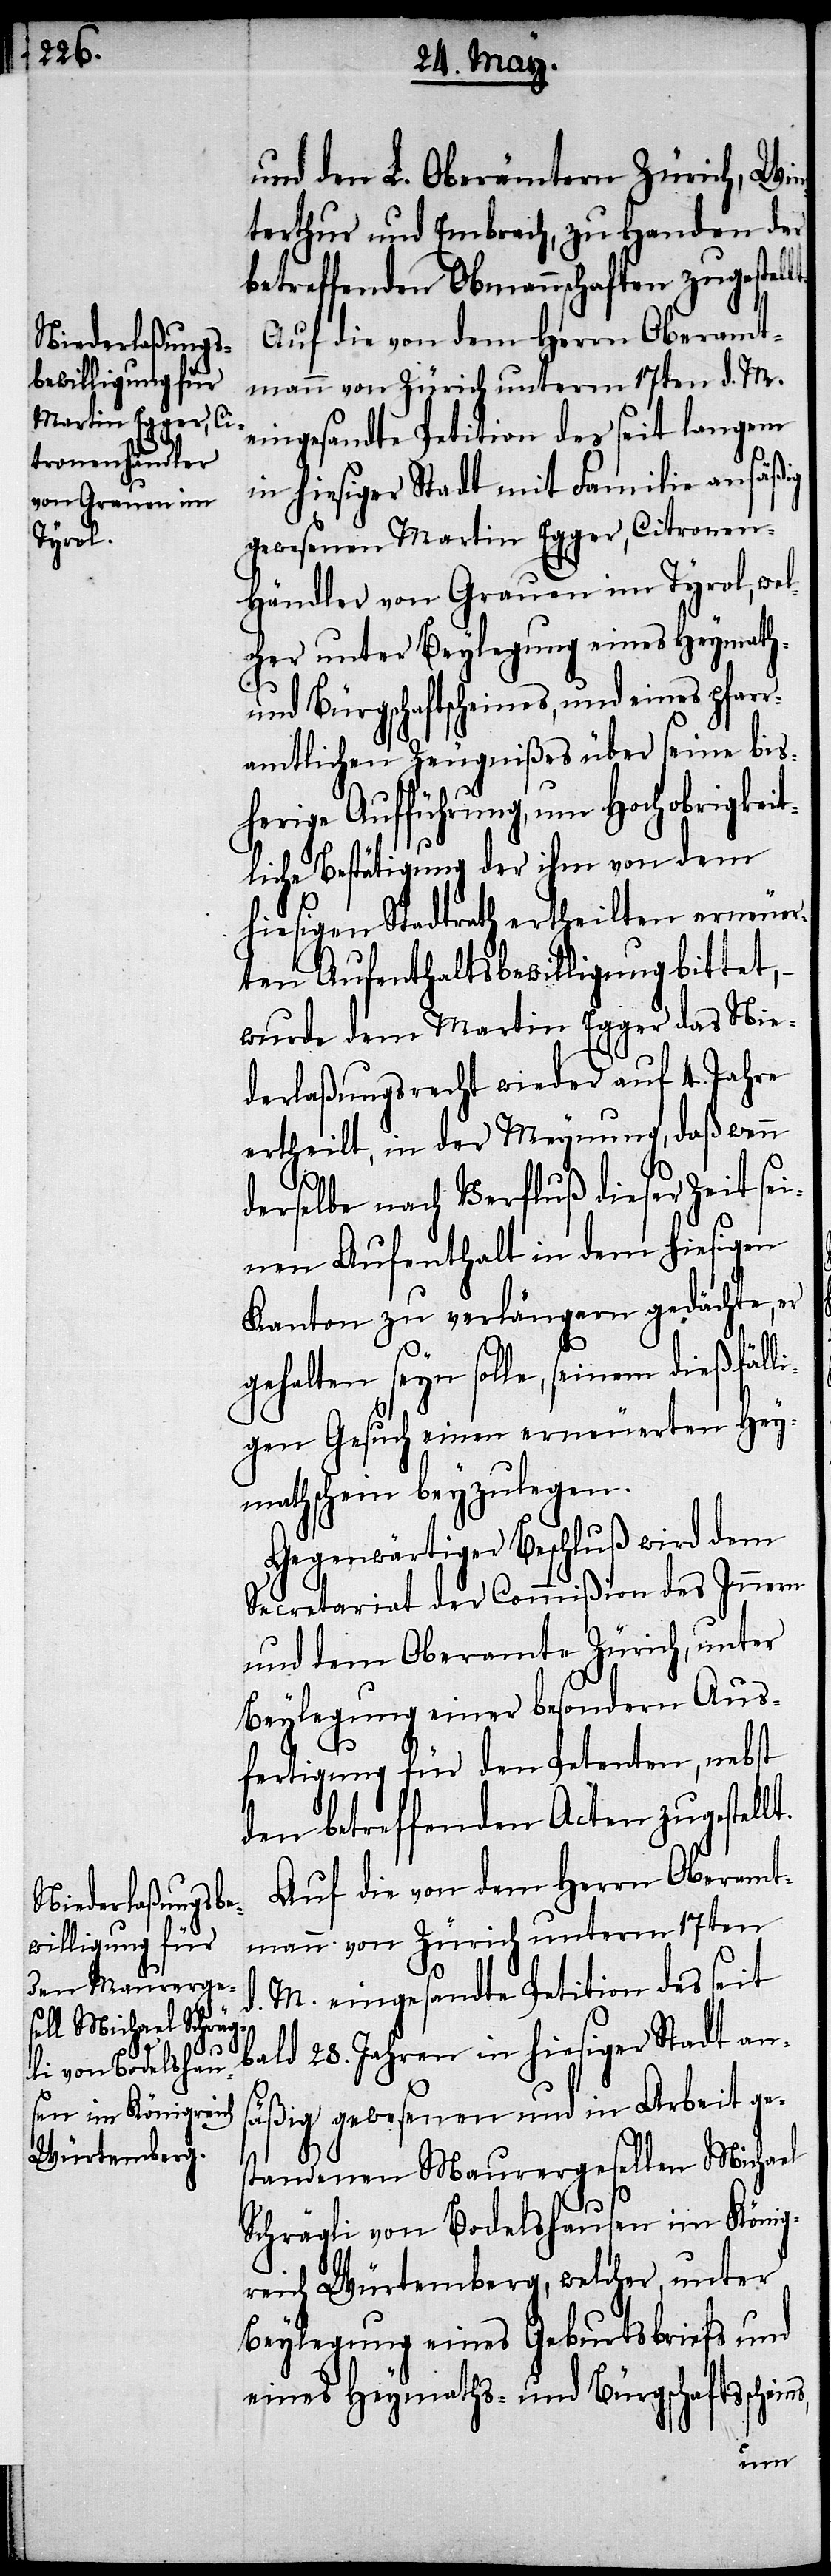
d.

und den L. Oberämtern Zürich, Win¬
terthur und Embrach, zu Handen der
betreffenden Obmannschaften zugestel¬
Auf die von dem Herrn Oberamt¬
mann von Zürich unterm 17ten d. M.
eingesandte Petition des seit langem
in hiesiger Stadt mit Familie ansäßig
gewesenen Martin Egger, Citronen¬
händler von Grauen im Tyrol, wel¬
cher unter Beylegung eines Heymath-
und Bürgerschaftscheines, und eines pfarr¬
amtlichen Zeugnißes über seine bis¬
herige Aufführung, um Hochobrigkeit¬
liche Bestätigung der ihm von dem
hiesigen Stadtrath ertheilten erneuer¬
ten Aufenthaltsbewilligung bittet,
wurde dem Martin Egger das Nie¬
derlaßungsrecht wieder auf 4. Jahre
ertheilt, in der Meynung, daß wenn
derselbe nach Verfluß dieser Zeit sei¬
nen Aufenthalt in dem hiesigen
Kanton zu verlängern gedächte, er
gehalten seyn solle, seinem dießfäll¬
igen Gesuch einen erneuerten Hey¬
mathschein beyzulegen.
Gegenwärtiger Beschluß wird dem
Secretariat der Commißion des Innern
und dem Oberamte Zürich, unter
Beylegung einer besondern Aus¬
fertigung für den Petenten, nebst
den betreffenden Acten zugestellt.
Auf die von dem Herrn Oberamt¬
mann von Zürich unterm 17ten
M. eingesandte Petition des seit
bald 28. Jahren in hiesiger Stadt an¬
säßig gewesenen und in Arbeit ges¬
tandenen Maurergesellen Michael
Schrägli von Bodelshausen im König¬
reich Würtemberg, welcher, unter
Beylegung eines Geburtsbriefs und
eines Heymaths- und Bürgschaftssche¬
ins,